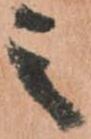
之